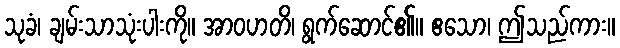
သုခံ၊ ချမ်းသာသုံးပါးကို။ အာဝဟတိ၊ ရွက်ဆောင်၏။ ဧသော၊ ဤသည်ကား။